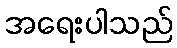
အရေးပါသည်